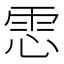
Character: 𩂈